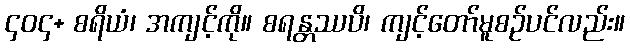
၄၀၄+ စရိယံ၊ အကျင့်ကို။ စရန္တဿပိ၊ ကျင့်တော်မူစဉ်ပင်လည်း။